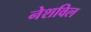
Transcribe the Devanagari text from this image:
नेशविल